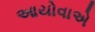
આયોવાએ